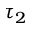
\tau _ { 2 }